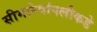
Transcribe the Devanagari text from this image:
सीमारेषांपलीकडे